Scottish Leaving Certificate Examination, 1960
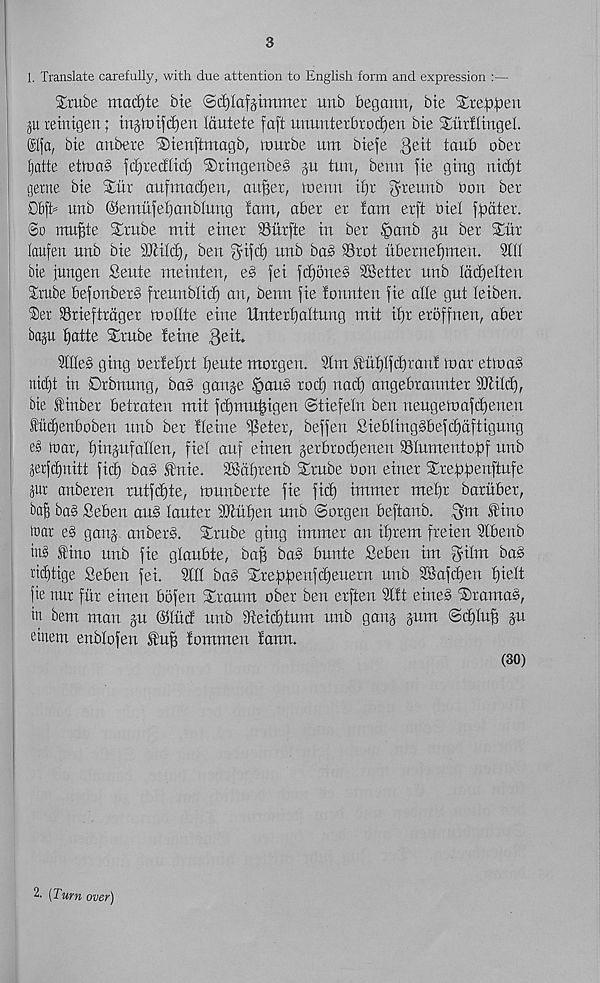
3
1. Translate carefully, with due attention to English form and expression :—
Xrube macfyte bte Sd)Iafgtmmet unb begann, bte Steepen
ju reinigen; triptiiffpen Iduiete faft ununterbrodjen bie Sur!ltngel
Slja, bie anbere ®tenftmagb, timtbe um btefe 3 e d taub ober
Ijatte ettoab fdjredltcp ®rtngenbe§ gu tun, benn fie ging nidjt
gerne bie Xiir aufmadjen, auffer, menu ipr ^teunb bon ber
D6fb unb (SSernufepanbluug tam, aber er !atn erft biel fpater.
@o mupte Xrube mit einer ©iirfte in ber .panb gu ber STitr
laufen nnb bie 9Jtilcp, ben g'ifd) unb ba§ SSrot ubernepmen. 3tll
bie jungen Sente meinten, e§ fei fdfoneS ^Better unb Idcpelten
Srube befonberb freunblid) an, benn fie tonnten fie atle gut teiben.
®er Srieftrdger rootlte eine ttnterpattung mit ipr eroffuen, aber
bap patte Xrube leiue $eit.
SUles ging berfeprt peute morgen. 2lm .tupifdgraut roar etioab
nicpt in Drbnung, bab gauge §aub rocp nacp angebrannter SJtiid),
bie tinber betraten mit fdpmupigen (Stiefetn ben neugemafcpeneu
fuipenboben unb ber tteine ijkter, beffen Sieblingbbefdjdftigung
eb mar, pingufatten, fiet auf einen gerbrocpenen SStumentopf unb
jerfcpnitt fid) bab Strtie. SSdprenb Srube bon einer Streppenftufe
pr anberen rutfcpte, munberte fie ficp immer mepr baruber,
bap bab Seben aub tauter StMpen unb ©orgen beftanb. ^m Siuo
mar eb gang anberb. Strube ging immer an iprem freien 3lbenb
inb fino unb fie gtaubte, bap bab bunte Seben im palm bab
ridjtige Seben fei. Sttt bab Xreppenfdjeuern unb SSafcpen piett
fie nur fur einen bbfen STtaum ober ben erften 2l!t etneb ®ramab,
in bem man gu ©tud unb dteicptum unb gang gum ©cptup gu
eiuem enbtofen tup tommen tann.
(30)
2. (Turn over)